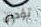
تؤدين